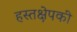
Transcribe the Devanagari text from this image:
हस्तक्षेपकी